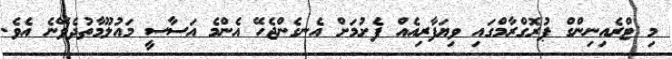
މި ޓްރެއިނިންގް ޕުރޮގްރާމްގައި ވިޔަފާރިއެއް ފެށުމަށް އެނގެންޖެހޭ އެންމެ އަސާސީ މައުލޫމާތުދެވޭނެ އެވެ.